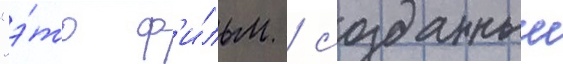
"э́то ф'и́льм / созданныи